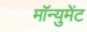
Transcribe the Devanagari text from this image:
मॉन्युमेंट